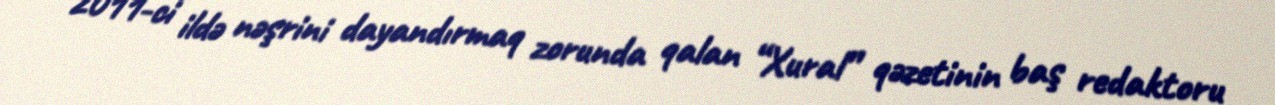
2011-ci ildə nəşrini dayandırmaq zorunda qalan “Xural” qəzetinin baş redaktoru